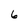
Character: 6